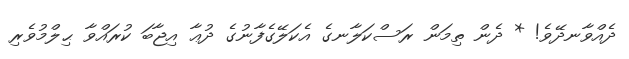
ދެއްވާނދޭވެ! * ދެން ތިމަން ރަސްކަލާނގެ އެކަލޭގެފާނުގެ ދުޢާ އިޖާބަ ކުރައްވާ ޙިލްމުވެރި